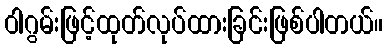
ဝါဂွမ်းဖြင့်ထုတ်လုပ်ထားခြင်းဖြစ်ပါတယ်။